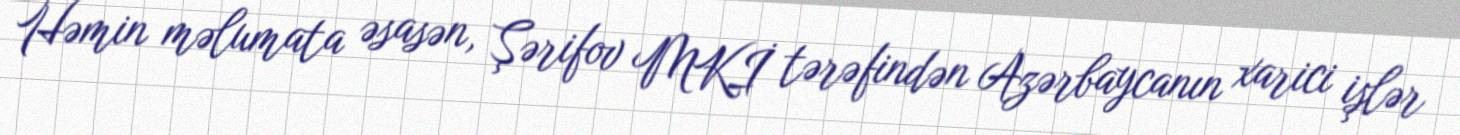
Həmin məlumata əsasən, Şərifov MKİ tərəfindən Azərbaycanın xarici işlər